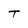
Character: T